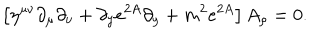
LaTeX: \left[ \eta ^ { \mu \nu } \partial _ { \mu } \partial _ { \nu } + \partial _ { y } e ^ { 2 A } \partial _ { y } + m ^ { 2 } e ^ { 2 A } \right] A _ { \rho } = 0 .